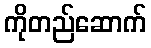
ကိုတည်ဆောက်